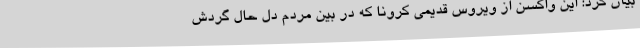
بیان کرد: این واکسن از ویروس قدیمی کرونا که در بین مردم دل حال گردش